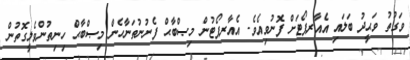
ވަގުތު ވަޙީދު ބަލައި އެއާރޕޯޓަށް ފޮނުވިއެވެ. އެއާރޕޯޓުން މިޞްބާޙް ފެނުނުތަނާހެން މިޞްބާޙް ހިނިތުންވެލީގޮތުން